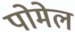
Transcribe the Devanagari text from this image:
पोमेल